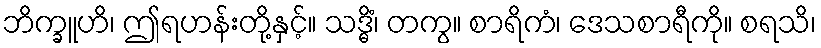
ဘိက္ခူဟိ၊ ဤရဟန်းတို့နှင့်။ သဒ္ဓိံ၊ တကွ။ စာရိကံ၊ ဒေသစာရီကို။ စရသိ၊